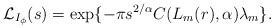
\begin{align*} \mathcal{L}_{I_\phi}(s)=\exp\{-\pi s^{2/\alpha}C(L_m(r),\alpha)\lambda_m \}.\end{align*}